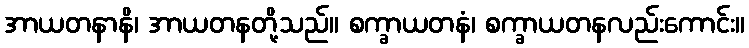
အာယတနာနိ၊ အာယတနတို့သည်။ စက္ခာယတနံ၊ စက္ခာယတနလည်းကောင်း။